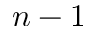
n - 1